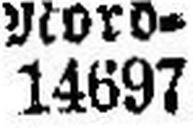
14697